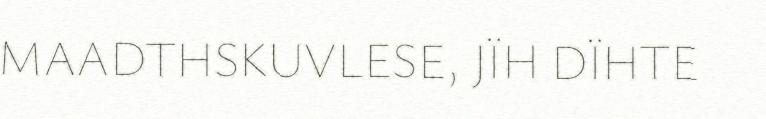
MAADTHSKUVLESE, JÏH DÏHTE